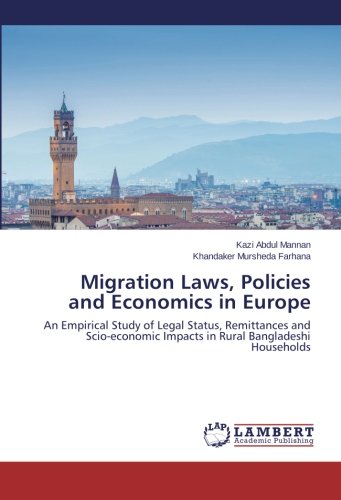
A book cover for Migration Laws, Policies and Economics in Europe: An Empirical Study of Legal Status, Remittances and Scio-economic Impacts in Rural Bangladeshi Households; Kazi Abdul Mannan; Law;